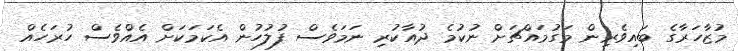
މުޒާހަރާގެ ބައިވެރިން މަގުމައްޗަށް ނުކުމެ ދުއާކުރި ނަމަވެސް ފުލުހުން އެކަމަކަށް އެއްވެސް ހުރަހެއް